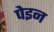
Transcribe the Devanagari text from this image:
पेइन